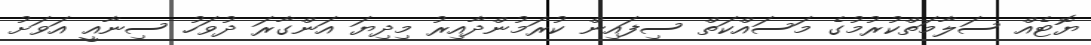
ޔޮޓެއް ސަލާމަތްކުރުމުގެ މަސައްކަތް ސިފައިން ކުރަމުންދާއިރު މިދިޔަ އަންގާރަ ދުވަހު ސިނާއީ އަވަށު